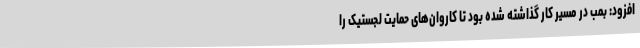
افزود: بمب در مسیر کار گذاشته شده بود تا کاروان‌های حمایت لجستیک را